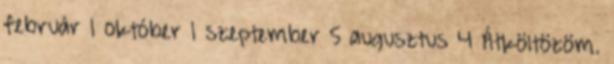
február 1 október 1 szeptember 5 augusztus 4 Átköltözöm.